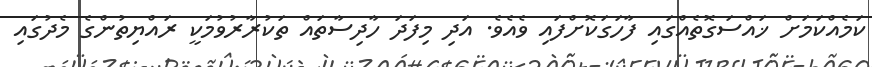
ކަމެއްކަމަށް ޚައްސަގޮތެއްގައި ފާހަގަކޮށްފައި ވެއެވެ. އަދި މިފަދަ ހާދިސާތައް ތަކުރާރުވުމަކީ ރައްޔިތުންގެ މެދުގައި